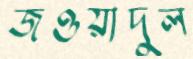
জওয়াদুল